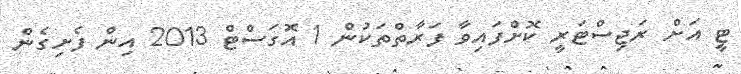
ޓީ އަށް ރަޖިސްޓަރީ ކޮށްފައިވާ ފަރާތްތަކުން 1 އޮގަސްޓް 2013 އިން ފެށިގެން